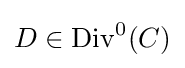
D\in \mathrm {Div} ^{0}(C)